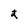
Character: t